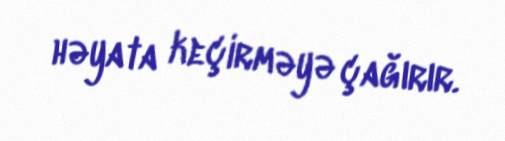
həyata keçirməyə çağırır.